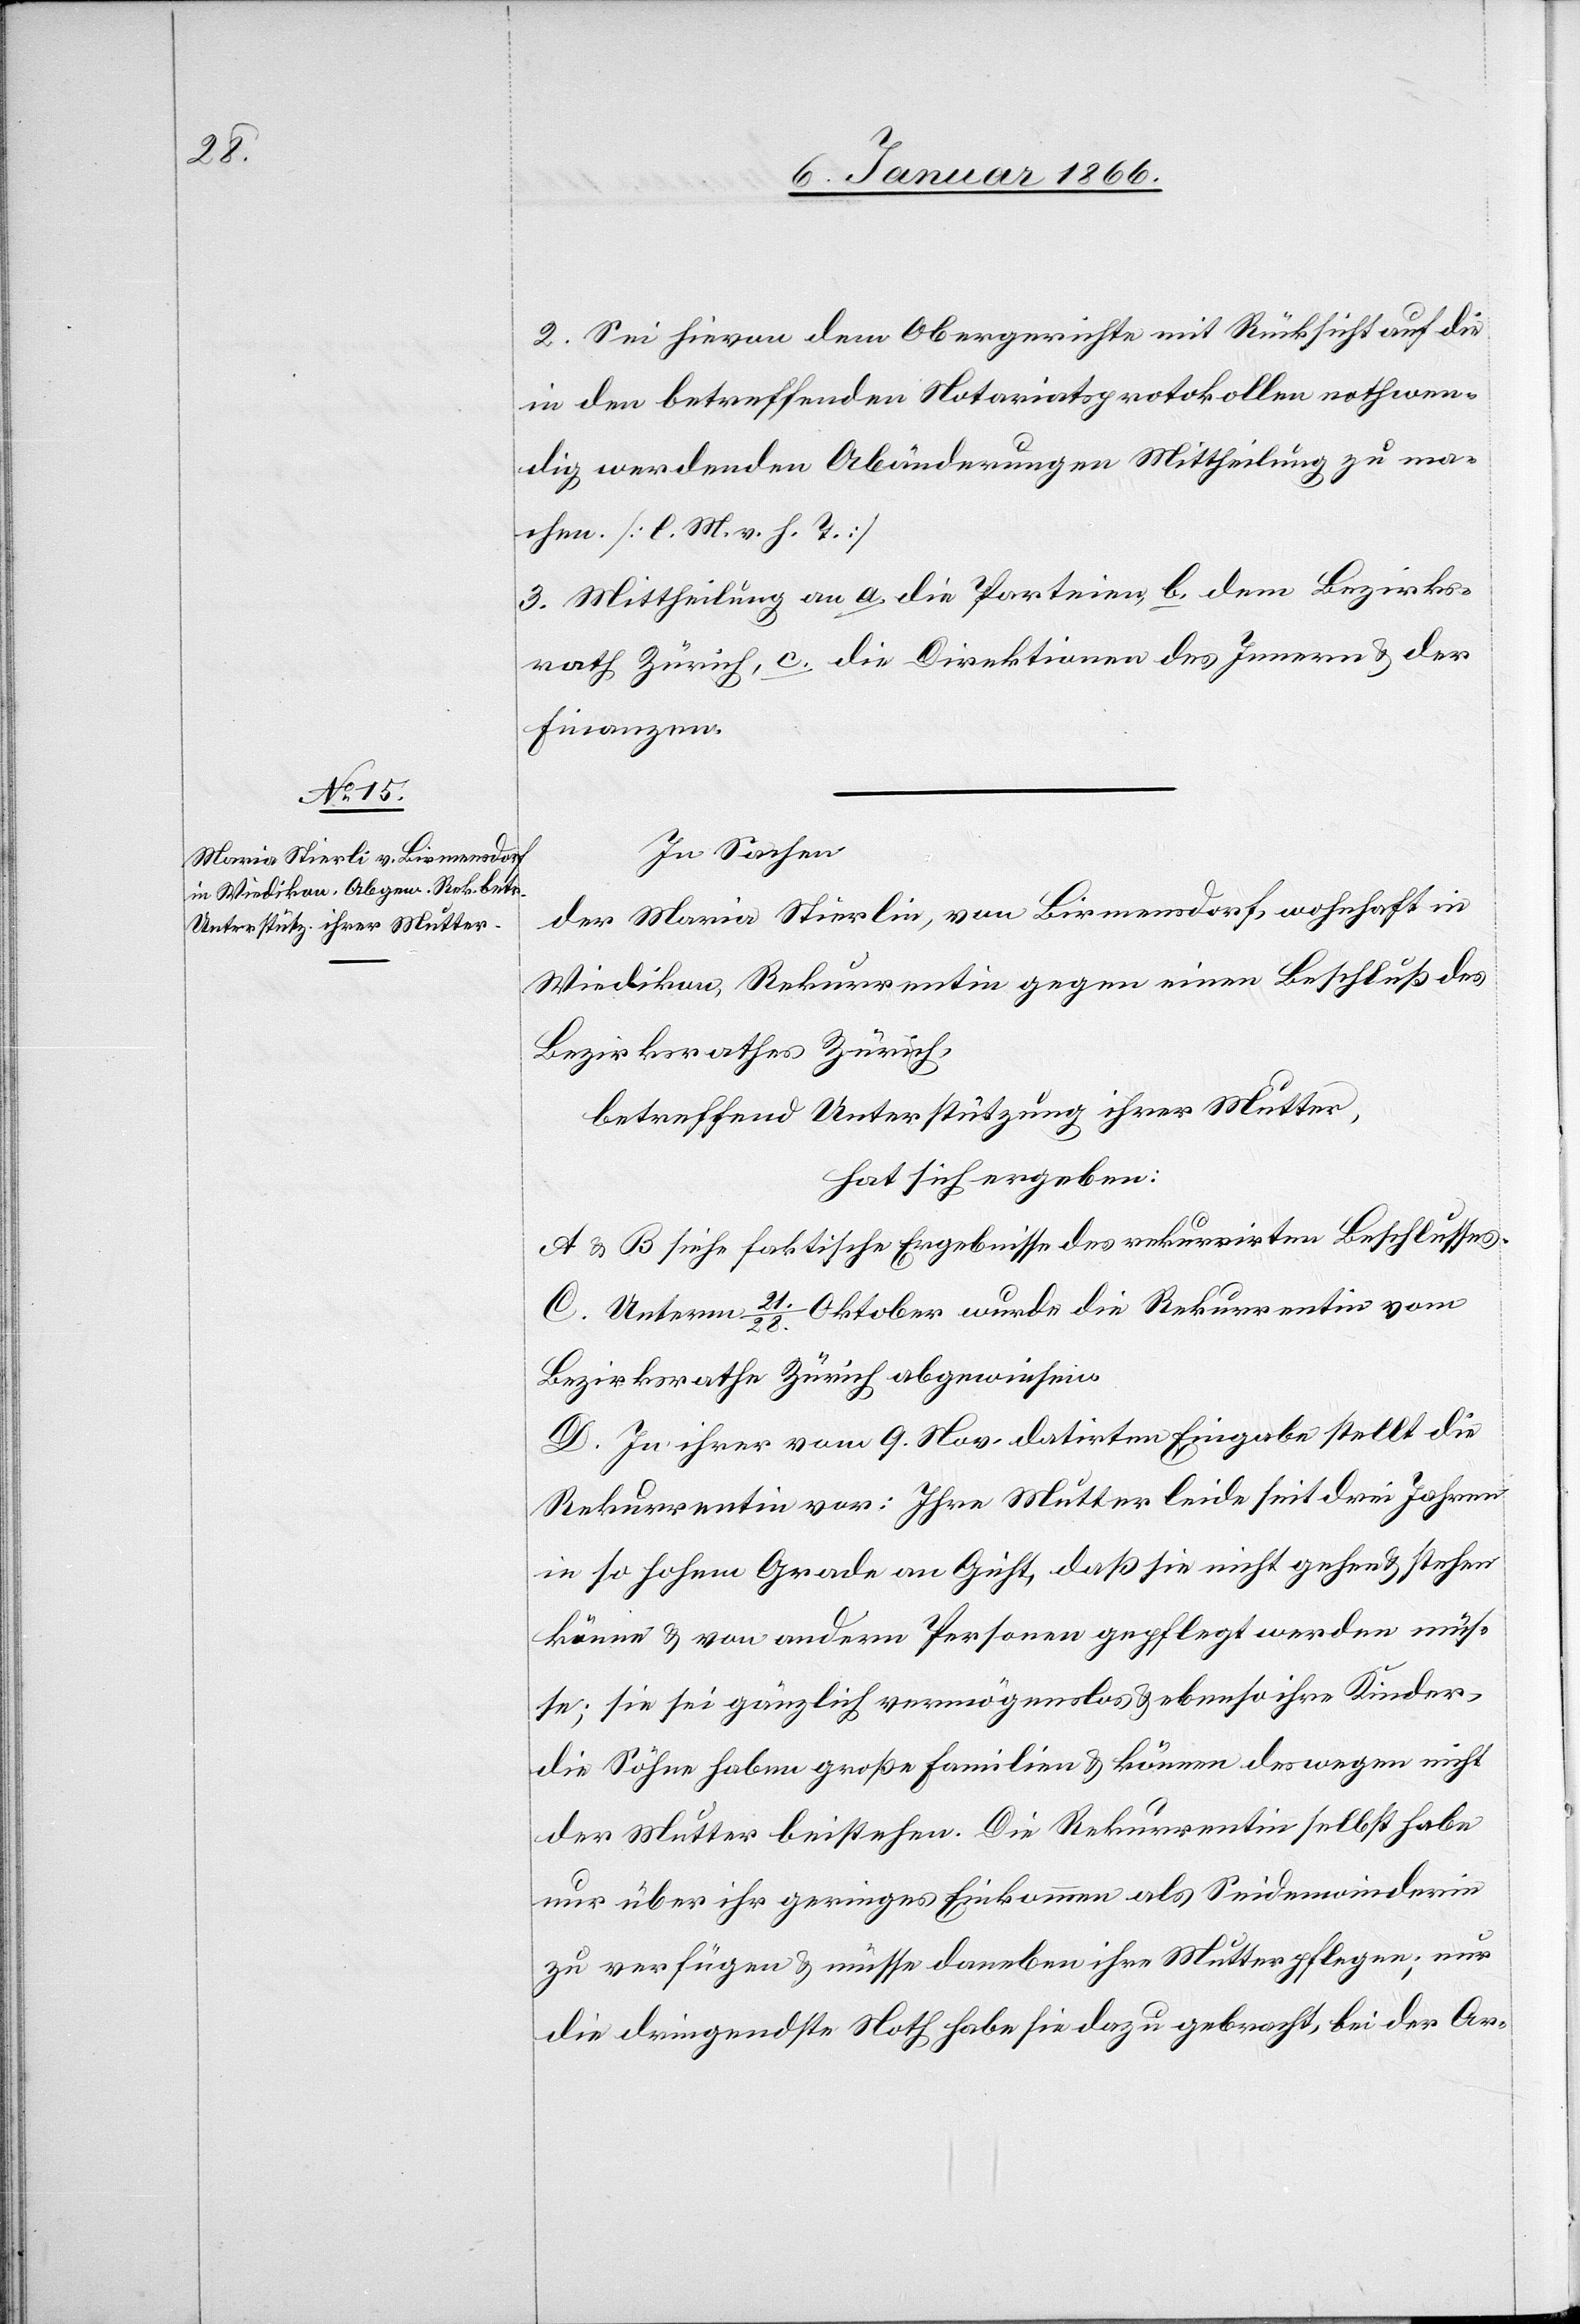
2. Sei hievon dem Obergerichte mit Rücksicht auf die
in den betreffenden Notariatsprotokollen nothwen¬
dig werdenden Abänderungen Mittheilung zu ma¬
chen. [l. M. v. h. T.]
3. Mittheilung an a. die Parteien, b. dem Bezirks¬
rath Zürich, c. die Direktionen des Innern u. der
Finanzen.
In Sachen
der Maria Stierlin [sic!], von Birmensdorf, wohnhaft in
Wiedikon, Rekurrentin gegen einen Beschluß des
Bezirksrathes Zürich,
betreffend Unterstützung ihrer Mutter,
hat sich ergeben:
A & B siehe faktische Ergebnisse des rekurrirten Beschlusses.
C. Unterm 21./28. Oktober wurde die Rekurrentin vom
Bezirksrathe Zürich abgewiesen.
D. Zu ihrer vom 9. Nov. datirten Eingabe stellt die
Rekurrentin vor: Ihre Mutter leide seit drei Jahren
in so hohem Grade an Gicht, daß sie nicht gehen u. stehen
könne u. von anderm Personen gepflegt werden müs¬
se; sie sei gänzlich vermögenslos u. ebenso ihre Kinder,
die Söhne haben große Familien u. können deswegen nicht
der Mutter beistehen. Die Rekurrentin selbst habe
nur über ihr geringes Einkommen als Seidenwinderin
zu verfügen u. müsse daneben ihre Mutter pflegen; nur
die dringendste Noth habe sie dazu gebracht, bei der Ar-